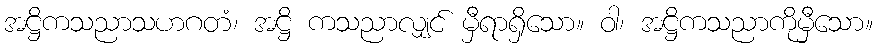
အဋ္ဌိကသညာသဟဂတံ၊ အဋ္ဌိ ကသညာလျှင် မှီရာရှိသော။ ဝါ၊ အဋ္ဌိကသညာကိုမှီသော။